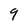
Character: 9